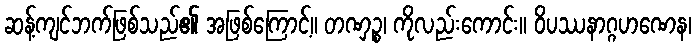
ဆန့်ကျင်ဘက်ဖြစ်သည်၏ အဖြစ်ကြောင့်။ တဏှဉ္စ၊ ကိုလည်းကောင်း။ ဝိပဿနာဂ္ဂဟဏေန၊